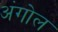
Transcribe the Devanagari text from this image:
अंगोल